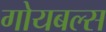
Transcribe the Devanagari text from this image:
गोयबल्स